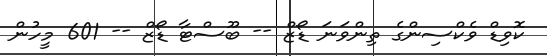
ކޮވިޑް ވެކްސިންގެ ތިންވަނަ ޑޯޒް -- ބޫސްޓާ ޑޯޒް -- 601 މީހުން